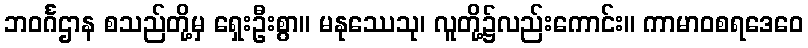
ဘဝင်္ဂဌာန စသည်တို့မှ ရှေးဦးစွာ။ မနုဿေသု၊ လူတို့၌လည်းကောင်း။ ကာမာဝစရဒေဝေ